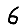
Digit: 6